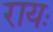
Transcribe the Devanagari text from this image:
रायः